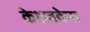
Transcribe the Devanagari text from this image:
केशवदेया